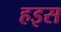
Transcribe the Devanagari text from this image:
हइस